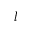
l